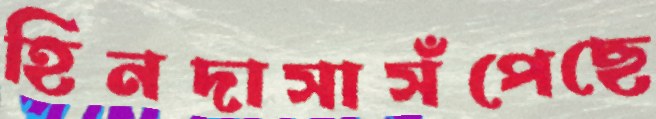
হিনদাসাসঁপেছে